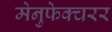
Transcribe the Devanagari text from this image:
मेनुफेक्चरर